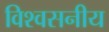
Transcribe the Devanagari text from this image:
विश्‍वसनीय